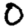
Digit: 0